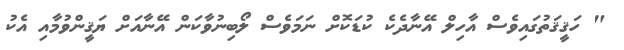
" ހަޤީޤަތުގައިވެސް އާހިލް އޭނާދެކެ ކުޑަކޮށް ނަމަވެސް ލޯބިނުވާކަން އޭނާއަށް ޔަޤީންވުމާއި އެކު